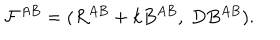
LaTeX: { \cal F } ^ { A B } = ( R ^ { A B } + k B ^ { A B } , ~ D B ^ { A B } ) .